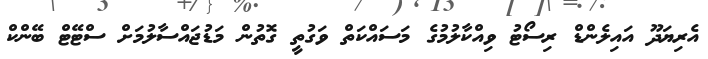
އެރިޔަދޫ އައިލެންޑް ރިސޯޓު ވިއްކާލުމުގެ މަސައްކަތް ވަގުތީ ގޮތުން މަޑުޖައްސާލުމަށް ސްޓޭޓް ބޭންކް